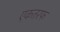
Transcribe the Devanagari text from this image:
एकतरफ